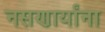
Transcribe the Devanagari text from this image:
नसणार्यांना